Civil Veterinary Dept. Bombay admin report 1914-1922 - 1914-1922
Year: 1914
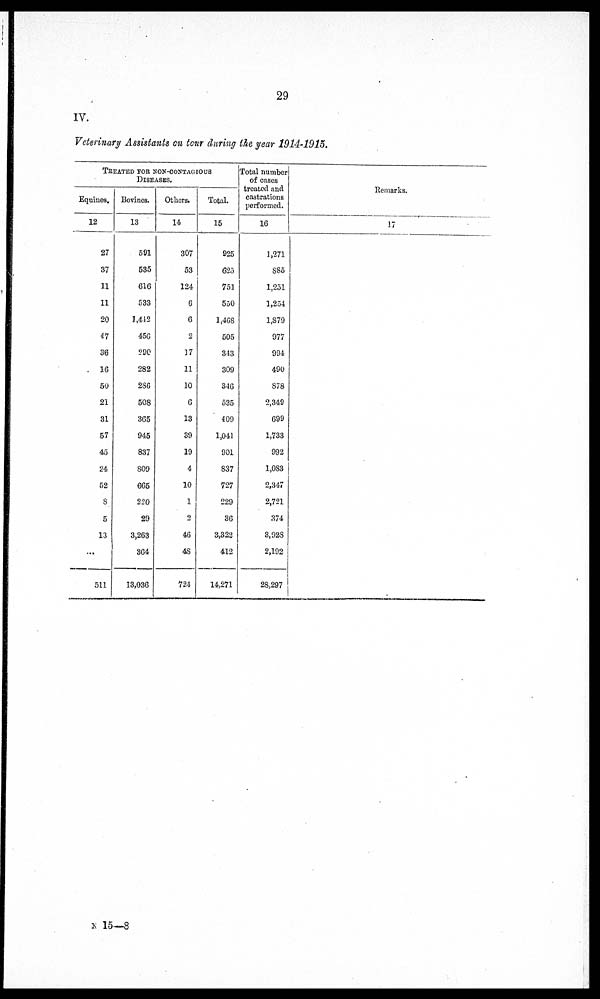
29
IV.
Veterinary Assistants on tour during the year 1914-1915.
TREATED FOR NON-CONTAGIOUS
DISEASES.
Equines.
12
27
37
11
11
20
47
36
16
50
21
31
57
45
24
52
8
5
13
...
511
Bovines.
13
591
535
616
533
1,442
456
290
282
286
508
365
945
837
809
665
220
29
3,263
364
13,036
Others.
14
307
53
124
6
6
2
17
11
10
6
13
39
19
4
10
1
2
46
48
724
Total.
15
925
625
751
550
1,468
505
343
309
346
535
409
1,041
901
837
727
229
36
3,323
412
14,271
Total number
of cases
treated and
castrations
performed.
16
1,271
S85
1,251
1,254
1,879
977
994
490
878
2,349
699
1,733
992
1,083
2,347
2,721
374
3,928
2,192
28,297
Remarks.
17
N 15—8